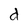
Character: d